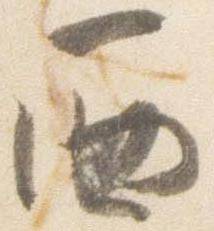
西